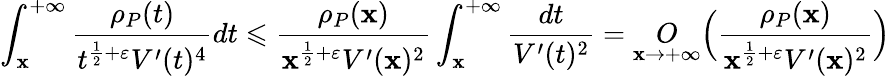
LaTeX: \int_{\mathbf{x}}^{+\infty}\frac{{\rho_{P}(t)}}{{t^{\frac{{1}}{{2}}+\varepsilon}V^{\prime}(t)^{4}}}dt\leqslant\frac{{\rho_{P}(\mathbf{x})}}{{\mathbf{x}^{\frac{{1}}{{2}}+\varepsilon}V^{\prime}(\mathbf{x})^{2}}}\int_{\mathbf{x}}^{+\infty}\frac{{dt}}{{V^{\prime}(t)^{2}}}=\underset{\mathbf{x}\rightarrow+\infty}{O}\Big(\frac{{\rho_{P}(\mathbf{x})}}{{\mathbf{x}^{\frac{{1}}{{2}}+\varepsilon}V^{\prime}(\mathbf{x})^{2}}}\Big)